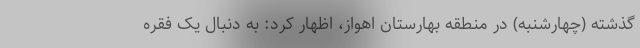
گذشته (چهارشنبه) در منطقه بهارستان اهواز، اظهار کرد: به دنبال یک فقره